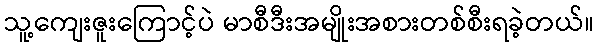
သူ့ကျေးဇူးကြောင့်ပဲ မာစီဒီးအမျိုးအစားတစ်စီးရခဲ့တယ်။